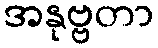
အနုဗ္ဗတာ